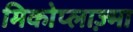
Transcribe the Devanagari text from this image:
मिकोप्लाज़्मा